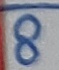
Text: 8